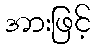
အားဖြင့်